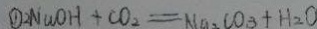
\textcircled { 1 } 2 N a O H + C O _ { 2 } = N a _ { 2 } C O _ { 3 } + H _ { 2 } O